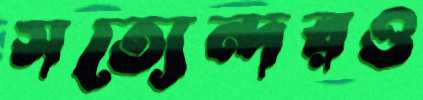
সত্যেন্দরও